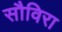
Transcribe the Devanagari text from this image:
सौविरा